Report on vaccination in Madras 1904-1921 - 1904-1921
Year: 1904
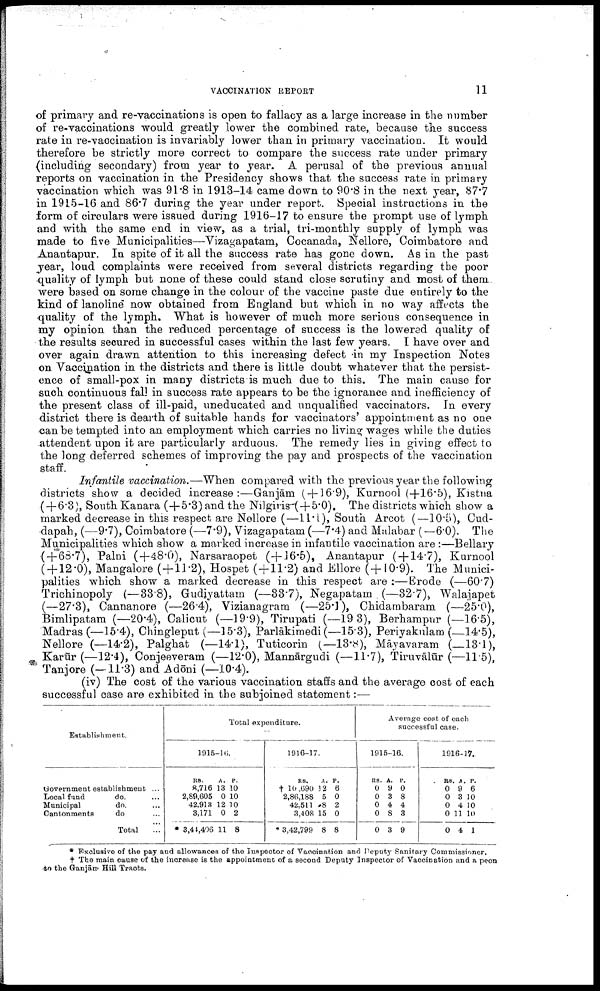
VACCINATION REPORT
11
of primary and re-vaccinations is open to fallacy as a large increase in the number
of re-vaccinations would greatly lower the combined rate, because the success
rate in re-vaccination is invariably lower than in primary vaccination. It would
therefore be strictly more correct to compare the success rate under primary
(including secondary) from year to year. A perusal of the previous annual
reports on vaccination in the Presidency shows that the success rate in primary
vaccination which was 91.8 in 1913-14 came down to 90.8 in the next year, 87.7
in 1915-16 and 86.7 during the year under report. Special instructions in the
form of circulars were issued during 1916-17 to ensure the prompt use of lymph
and with the same end in view, as a trial, tri-monthly supply of lymph was
made to five Municipalities—Vizagapatam, Cocanada, Nellore, Coimbatore and
Anantapur. In spite of it all the success rate has gone down. As in the past
year, loud complaints were received from several districts regarding the poor
quality of lymph but none of these could stand close scrutiny and most of them
were based on some change in the colour of the vaccine paste due entirely to the
kind of lanoline now obtained from England but which in no way affects the
quality of the lymph. What is however of much more serious consequence in
my opinion than the reduced percentage of success is the lowered quality of
the results secured in successful cases within the last few years. I have over and
over again drawn attention to this increasing defect in my Inspection Notes
on Vaccination in the districts and there is little doubt whatever that the persist
ence of small-pox in many districts is much due to this. The main cause for
such continuous fall in success rate appears to be the ignorance and inefficiency of
the present class of ill-paid, uneducated and unqualified vaccinators. In every
district there is dearth of suitable hands for vaccinators' appointment as no one
can be tempted into an employment which carries no living wages while the duties
attendent upon it are particularly arduous. The remedy lies in giving effect to
the long deferred schemes of improving the pay and prospects of the vaccination
staff.
Infantile vaccination.—When compared with the previous year the following
districts show a decided increase:—Ganjām ( + 16.9), Kurnool (+16.5), Kistna
(+6.3), South Kanara (+5.3) and the Nilgiris (+5.0). The districts which show a
marked decrease in this respect are Nellore (—11.1), South Arcot (—10.5), Cud-
dapah, (—9.7), Coimbatore (—7.9), Vizagapatam (—7.4) and Malabar (— 6.0). The
Municipalities which show a marked increase in infantile vaccination are :—Bellary
(+68.7), Palni (+48.0), Narsaraopet (+16.5), Anantapur (+14.7), Kurnool
( + 12.0), Mangalore (+11.2), Hospet ( + 11.2) and Ellore (+10.9). The Munici
palities which show a marked decrease in this respect are :—Erode (—60.7)
Trichinopoly (—33.8), Gudiyattam (—33.7), Negapatam (—32.7), Walajapet
(—27.3), Cannanore (—26.4), Vizianagram (—25.1), Chidambaram (—25.0),
Bimlipatam (—20.4), Calicut (—19.9), Tirupati (—19.3), Berhampur (—16.5),
Madras (—15.4), Chingleput (—15.3), Parlākimedi(—15.3), Periyakulam (—14.5),
Nellore (—14.2), Palghat (—14.1), Tuticorin (—13.8), Māyavaram ( 13.1),
Karūr (—12.4), Conjeeveram (—12.0), Mannārgudi (—11.7), Tiruvālūr (—11.5),
Tanjore (—11.3) and Adōni (—10.4).
(iv) The cost of the various vaccination staffs and the average cost of each
successful case are exhibited in the subjoined statement:—
Establishment.
Government establishment ...
Local fund
do. ...
Municipal
do. ...
Cantonments do. ...
Total ...
Total expenditure.
1915-16.
RS.
8,716
2,89,605
42,913
3,171
* 3,44,406
A.
13
0
12
0
11
P.
10
10
10
2
8
1916-17.
RS.
† 10,690
2,86,188
42,511
3,408
* 3,42,799
A.
12
5
8
15
8
P.
6
0
2
0
8
Average cost of each
successful case.
1915-16.
RS.
0
0
0
0
0
A.
9
3
4
8
3
P.
0
8
4
3
9
1916-17.
RS.
0
0
0
0
0
A.
9
3
4
11
4
P.
6
10
10
10
1
* Exclusive of the pay and allowances of the Inspector of Vaccination and Deputy Sanitary Commissioner.
† The main cause of the increase is the appointment of a second Deputy Inspector of Vaccination and a peon
to the Ganjān Hill Tracts.